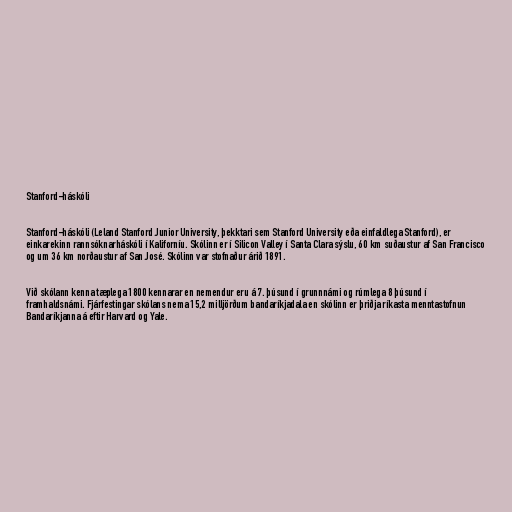
Stanford-háskóli

Stanford-háskóli (Leland Stanford Junior University, þekktari sem Stanford University eða einfaldlega Stanford), er
einkarekinn rannsóknarháskóli í Kaliforníu. Skólinn er í Silicon Valley í Santa Clara sýslu, 60 km suðaustur af San Francisco
og um 36 km norðaustur af San José. Skólinn var stofnaður árið 1891.

Við skólann kenna tæplega 1800 kennarar en nemendur eru á 7. þúsund í grunnnámi og rúmlega 8 þúsund í
framhaldsnámi. Fjárfestingar skólans nema 15,2 milljörðum bandaríkjadala en skólinn er þriðja ríkasta menntastofnun
Bandaríkjanna á eftir Harvard og Yale.